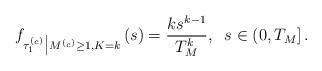
LaTeX: \begin{align*}f_{\tau^{(_c)}_1\big\vert M^{(_c)}\geq 1, K=k}\left(s\right) = \frac{k s^{k-1}}{T_{M}^k}, \;\;s\in \left(0,T_{M}\right].\end{align*}